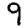
Digit: 9